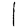
Digit: 1